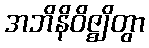
အဘိနိဝိဇ္ဈိတွာ